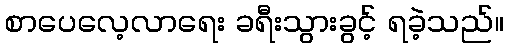
စာပေလေ့လာရေး ခရီးသွားခွင့် ရခဲ့သည်။